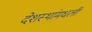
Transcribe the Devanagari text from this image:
देशस्थांमधली